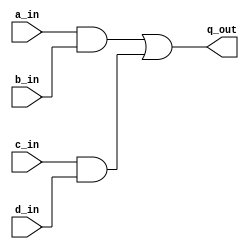
`timescale 1ns / 1ps
//////////////////////////////////////////////////////////////////////////////////
// Company: 
// Engineer: 
// 
// Design Name: 
// Module Name: lab46_sdpd
// Project Name: 
// Target Devices: 
// Tool Versions: 
// Description: 
// 
// Dependencies: 
// 
// Revision:
// Revision 0.01 - File Created
// Additional Comments:
// 
//////////////////////////////////////////////////////////////////////////////////


module lab46_sdpd(
                    input a_in, b_in, c_in, d_in,
                    output q_out
    );
    
wire y1, y2;
assign y1 = a_in & b_in;
assign y2 = c_in & d_in;
assign q_out = y1 | y2 ;

specify
    if(a_in)
        (a_in => q_out) = 7;
    if(~a_in)
        (a_in => q_out) = 6;
    
    if({c_in , d_in} == 2'b11)
        (c_in, d_in *>q_out) = 8;
    
    if({c_in , d_in} != 2'b11)
        (c_in, d_in *>q_out) = 9;
endspecify

endmodule